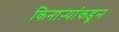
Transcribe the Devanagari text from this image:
किनाऱ्यांकडून